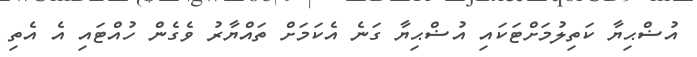
އުޟްޙިޔާ ކަތިލުމަށްޓަކައި އުޟްޙިޔާ ގަނެ އެކަމަށް ތައްޔާރު ވެގެން ހުއްޓައި އެ އެތި